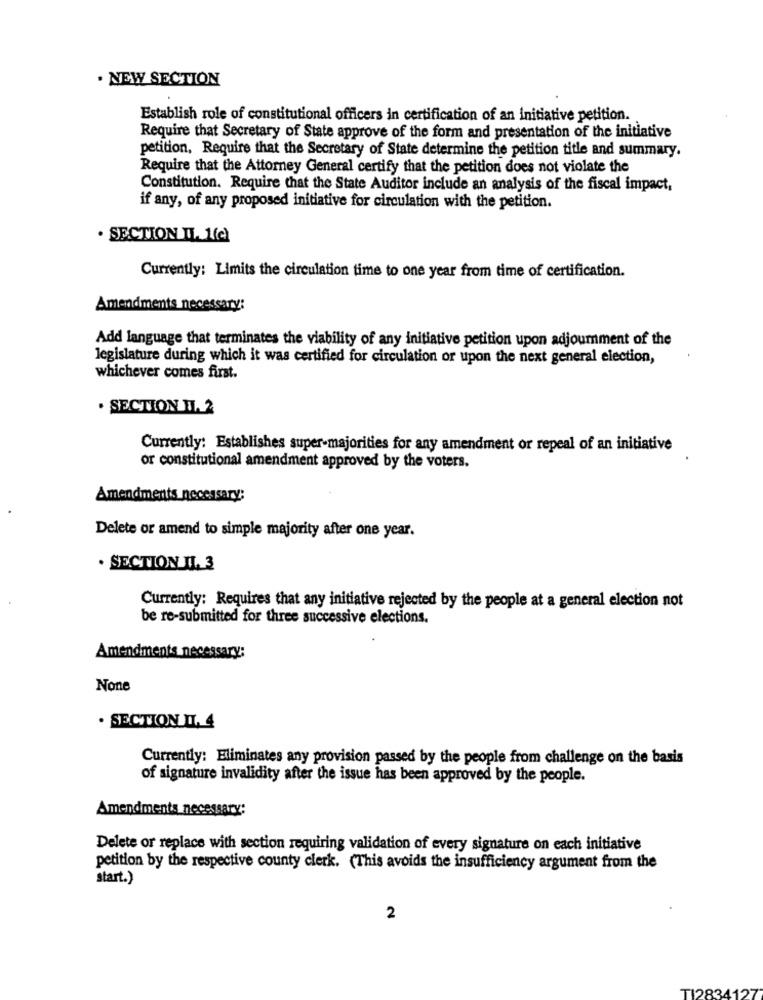
. NEW SECTION
Establish role of constitutional officers in certification of an initiative petition.
Require that Secretary of State approve of the form and presentation of the initiative
petition, Require that the Secretary of State determine the petition title and summary.
Require that the Attorney General certify that the petition does not violate the
Constitution. Require that the State Auditor include an analysis of the fiscal impact,
if any, of any proposed initiative for circulation with the petition.
. SECTION II. 1(c)
Currently: Limits the circulation time to one year from time of certification.
Amendments necessary:
Add language that terminates the viability of any initiative petition upon adjournment of the
legislature during which it was certified for circulation or upon the next general election,
whichever comes first.
. SECTION II. 2
Currently: Establishes super-majorities for any amendment or repeal of an initiative
or constitutional amendment approved by the voters.
Amendments necessary;
Delete or amend to simple majority after one year.
. SECTION II. 3
Currently: Requires that any initiative rejected by the people at a general election not
be re-submitted for three successive elections.
Amendments necessary:
· SECTION IL. 4
Currently: Eliminates any provision passed by the people from challenge on the basis
of signature invalidity after the issue has been approved by the people.
Amendments necessary:
Delete or replace with section requiring validation of every signature on each initiative
petition by the respective county clerk. (This avoids the insufficiency argument from the
start.)
2
TI2834127